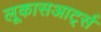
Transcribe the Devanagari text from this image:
लूकासआर्ट्स